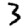
Digit: 3